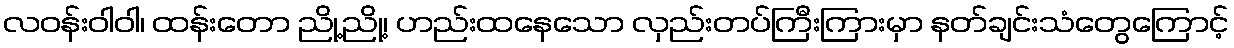
လဝန်းဝါဝါ၊ ထန်းတော ညို့ညို့၊ ဟည်းထနေသော လှည်းတပ်ကြီးကြားမှာ နတ်ချင်းသံတွေကြောင့်